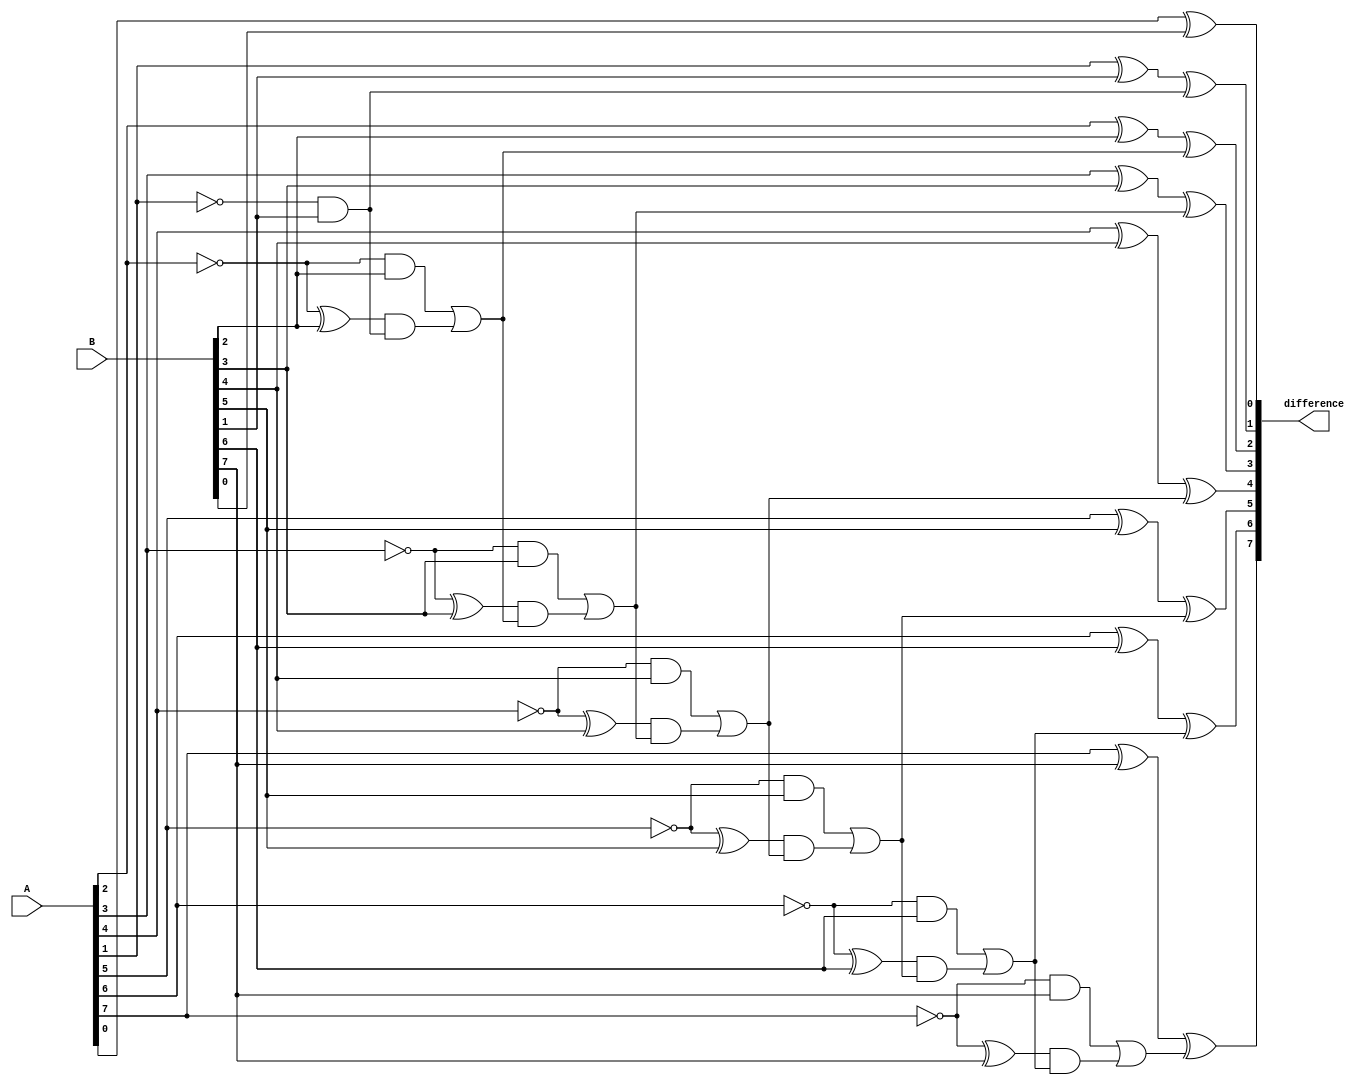
module ripple_carry_subtractor (
  input [7:0] A,
  input [7:0] B,
  output [7:0] difference
);

wire [7:0] borrow;
wire [7:0] xor_out;
assign borrow[0] = 1'b0;
assign xor_out[0] = A[0] ^ B[0] ^ borrow[0];

genvar i;
generate
  for (i = 1; i < 8; i = i + 1) begin : stages
    assign borrow[i] = (~A[i] & B[i]) | ((~A[i] ^ B[i]) & borrow[i - 1]);
    assign xor_out[i] = A[i] ^ B[i] ^ borrow[i];
  end
endgenerate

assign difference = xor_out;

endmodule